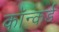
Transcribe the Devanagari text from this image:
कॉन्कर्ड